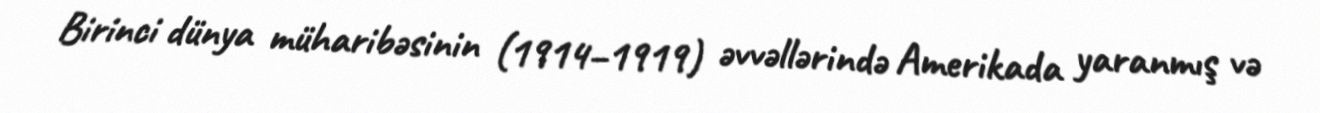
Birinci dünya müharibəsinin (1914–1919) əvvəllərində Amerikada yaranmış və